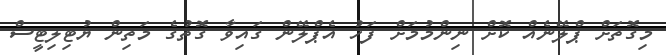
މިގޮތަށް ޕްލޭނެއް ކޮށް ނިންމުމަށް ފަހު އެޕްލޭން ގައިވާ ގޮތުގެ މަތިން ޔުޓިލިޓީސް